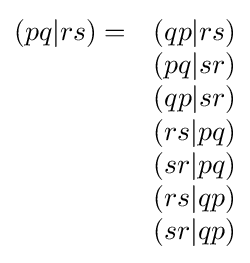
{\begin{matrix}(pq|rs)=&(qp|rs)\\&(pq|sr)\\&(qp|sr)\\&(rs|pq)\\&(sr|pq)\\&(rs|qp)\\&(sr|qp)\end{matrix}}